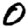
Digit: 0